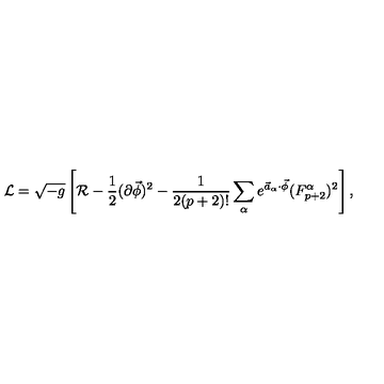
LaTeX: { \cal L } = \sqrt { - g } \left[ { \cal R } - { \frac { 1 } { 2 } } ( \partial \vec { \phi } ) ^ { 2 } - { \frac { 1 } { 2 ( p + 2 ) ! } } \sum _ { \alpha } e ^ { \vec { a } _ { \alpha } \cdot \vec { \phi } } ( F _ { p + 2 } ^ { \alpha } ) ^ { 2 } \right] ,